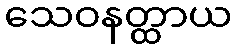
သေဝနတ္ထာယ